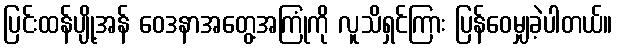
ပြင်းထန်ပျို့အန် ဝေဒနာအတွေ့အကြုံကို လူသိရှင်ကြား ပြန်ဝေမျှခဲ့ပါတယ်။